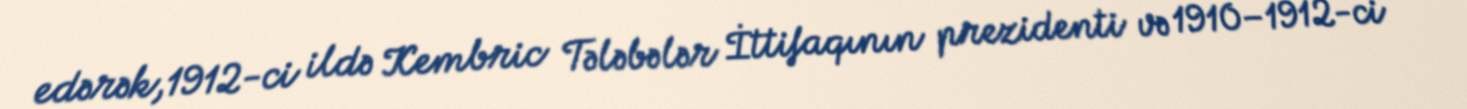
edərək,1912-ci ildə Kembric Tələbələr İttifaqının prezidenti və 1910–1912-ci